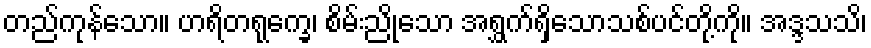
တည်ကုန်သော။ ဟရိတရုက္ခေ၊ စိမ်းညိုသော အရွှက်ရှိသောသစ်ပင်တို့ကို။ အဒ္ဒသသိ၊